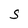
Character: S